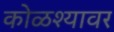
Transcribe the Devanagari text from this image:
कोळश्यावर